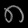
Digit: ၈